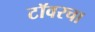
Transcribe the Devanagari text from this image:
टॉवरचा